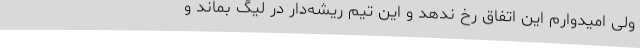
ولی امیدوارم این اتفاق رخ ندهد و این تیم ریشه‌دار در لیگ بماند و